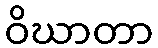
ဝိဃာတာ